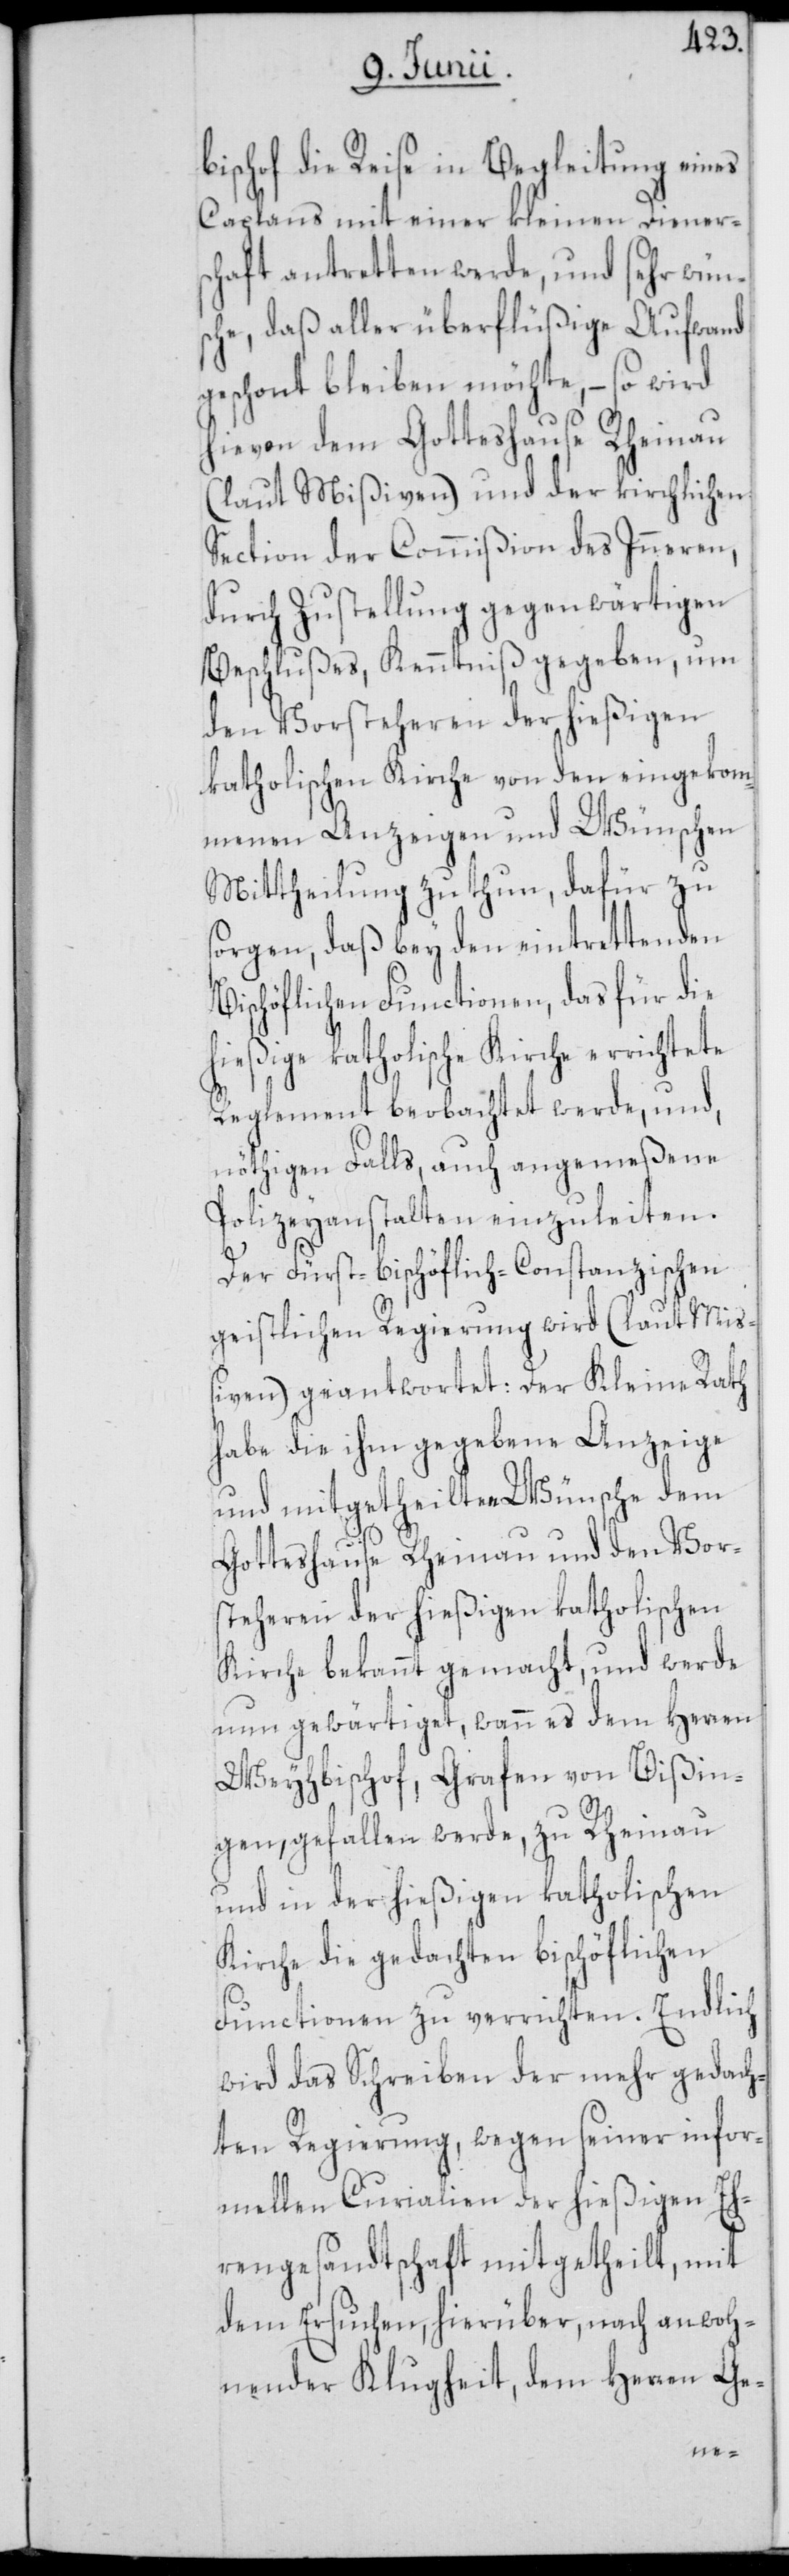
bischof die Reise in Begleitung eines
Caplans mit einer kleinen Dieners¬
chaft antretten werde, und sehr wüns¬
che, daß aller überflüßige Aufwand
geschont bleiben möchte, – so wird
hievon dem Gotteshause Rheinau
(laut Mißiven) und der kirchlichen
Section der Commißion des Inneren,
durch Zustellung gegenwärtigen
Beschlußes, Kenntniß gegeben, um
den Vorsteheren der hießigen
katholischen Kirche von den eingekom¬
menen Anzeigen und Wünschen
Mittheilung zu thun, dafür zu
sorgen, daß bey den eintrettenden
Bischöflichen Functionen, das für die
hießige katholische Kirche errichtete
Reglement beobachtet werde, und,
nöthigen Falls, auch angemeßene
Polizeyanstalten einzuleiten.
Der Fürst-bischöflich-Constanzischen
geistlichen Regierung wird (laut Miß¬
iven) geantwortet: Der Kleine Rath
habe die ihm gegebene Anzeige
und mitgetheilten Wünsche dem
Gotteshause Rheinau und den Vor¬
steheren der hießigen katholischen
Kirche bekannt gemacht, und werde
nun gewärtiget, wann es dem Herren
Weyhbischof, Grafen von Bißin¬
gen, gefallen werde, zu Rheinau
und in der hießigen katholischen
Kirche die gedachten bischöflichen
Functionen zu verrichten. Endlich
wird das Schreiben der mehr gedach¬
ten Regierung, wegen seiner infor¬
mellen Curialien der hießigen Eh¬
rengesandtschaft mitgetheilt, mit
dem Ersuchen, hierüber, nach anwoh¬
nender Klugheit, dem Herren Ge-